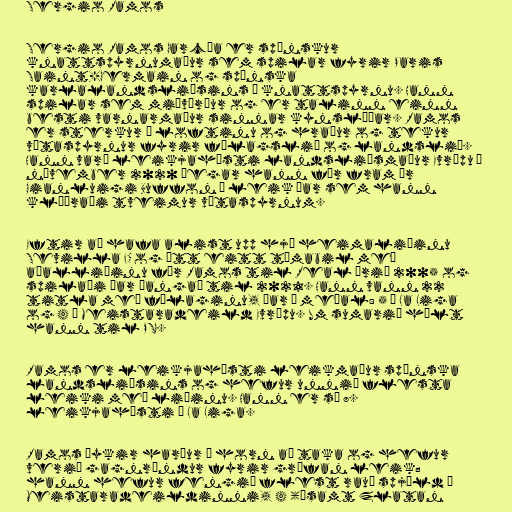
Sergio Ramos

Sergio Ramos García er spænskur
knattspyrnumaður sem spilar fyrir Paris
Saint-Germain og spænska
karlalandsliðsins í knattspyrnu. Hann
spilar sem miðvörður og er talinn einn
besti varnarmaður sinnar kynslóðar. Ramos
er sterkur í loftinu og hraður og tekur
vítaspyrnur fyrir félagslið og landslið.
Hann varð leikjahæsti landsliðsmaður Evrópu í
nóvember 2020 þegar hann fór fram úr
Gianluigi Buffon í leik þar sem hann
klúðraði tveimur vítaspyrnum.

Eftir að hafa alist upp hjá heimaliðinu
Sevilla FC og átt eitt tímabil með
aðalliðinu fór Ramos til Real árið 2005 og
spilaði þar þangað til 2021. Hann vann 22
titla með félaginu, þar á meðal: 5 í La Liga
og 4 í Meistaradeild Evrópu. Um sumarið hélt
hann til PSG.

Ramos er leikjahæsti leikmaður spænska
landsliðsins og hefur unnið flesta
leiki með liðinu. Hann er sá 8.
leikjahæsti í La Liga.

Ramos þykir harður í horn að taka og hefur
verið gagnrýndur fyrir grófan leik;
hann hefur fengið flest rauð spjöld í
Meistaradeildinni, 4 (ásamt Zlatan